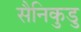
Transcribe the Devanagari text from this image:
सैनिकुडु